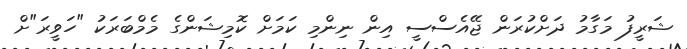
ޝަރީފު މަގާމު ދަށްކުރަން ޖޭއެސްސީ އިން ނިންމި ކަމަށް ކޮމިޝަންގެ މެމްބަރަކު "ހަވީރަ"ށް